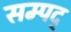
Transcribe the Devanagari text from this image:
सम्पद्